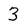
Character: 3